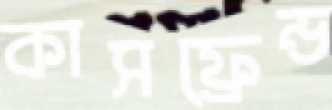
কাসফ্রেন্ড